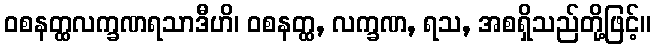
ဝစနတ္ထလက္ခဏရသာဒီဟိ၊ ဝစနတ္ထ, လက္ခဏ, ရသ, အစရှိသည်တို့ဖြင့်။